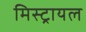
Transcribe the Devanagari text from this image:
मिस्ट्रायल